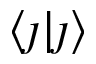
\langle \j \lvert \j \rangle